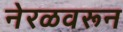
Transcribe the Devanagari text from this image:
नेरळवरून